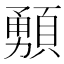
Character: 𩔘